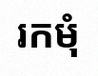
រកមុំ